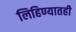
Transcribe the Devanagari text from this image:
लिहिण्यातही